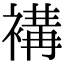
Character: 褠